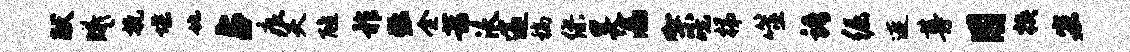
献曦挽堞地占痕夫醮祚黜全芾沃邃稿缪昊漏架吮梯噬语倔连尊用挟宏